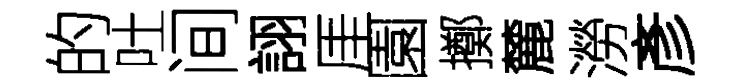
的吐间詡厓園擲麓澇彥